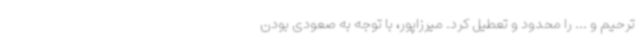
ترحیم و ... را محدود و تعطیل کرد. میرزاپور، با توجه به صعودی بودن